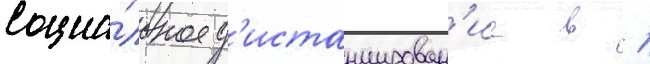
социа́льное д'истанцирован'ие в 1